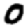
Digit: 0